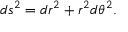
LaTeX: d s ^ { 2 } = d r ^ { 2 } + r ^ { 2 } d \theta ^ { 2 } .